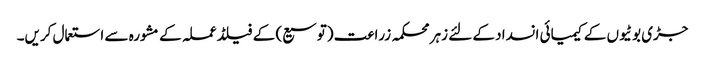
جڑی بوٹیوں کے کیمیائی انسداد کے لئے زہر محکمہ زراعت (توسیع) کے فیلڈ عملہ کے مشورہ سے استعمال کریں۔